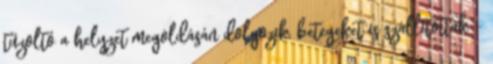
tűzoltó a helyzet megoldásán dolgozik, betegeket is szállítottak -